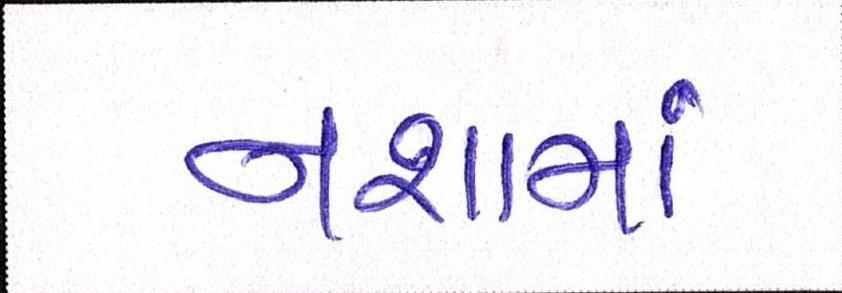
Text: નશામાં